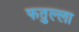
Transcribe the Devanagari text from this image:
फतुल्ला